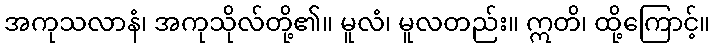
အကုသလာနံ၊ အကုသိုလ်တို့၏။ မူလံ၊ မူလတည်း။ ဣတိ၊ ထို့ကြောင့်။